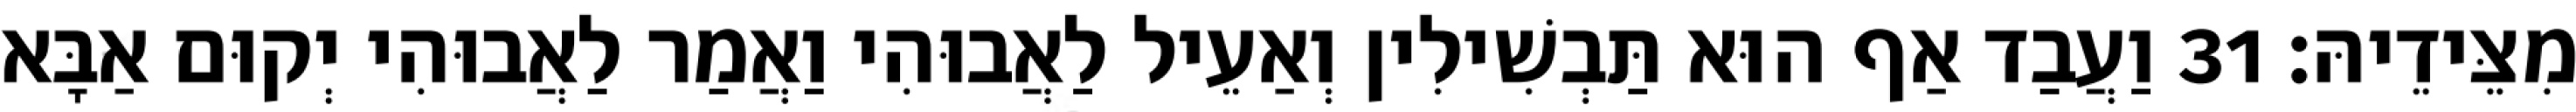
מִצֵּידֵיהּ׃ 31 וַעֲבַד אַף הוּא תַּבְשִׁילִין וְאַעֵיל לַאֲבוּהִי וַאֲמַר לַאֲבוּהִי יְקוּם אַבָּא